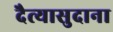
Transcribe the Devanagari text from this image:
दैत्‍यासुदाना